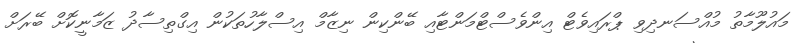
މައުލޫމާތު މުއްސަނދިވި ޕްރައިވެޓް އިންވެސްޓްމަންޓާއި ބޭންކިން ނިޒާމް އިސްލާހުތަކުން އިގްތިސާދު ޒަމާނީކޮށް ބޭރަށް